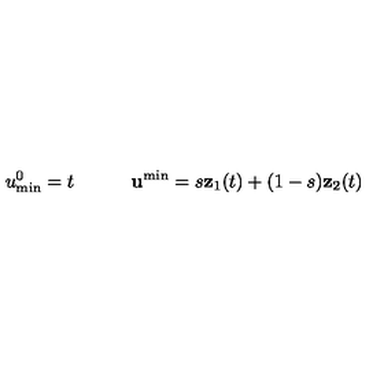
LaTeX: u _ { \mathrm { m i n } } ^ { 0 } = t \quad \quad \quad { \bf u } ^ { \min } = s { \bf z } _ { 1 } ( t ) + ( 1 - s ) { \bf z } _ { 2 } ( t )